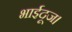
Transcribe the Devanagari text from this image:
भाईदूज।